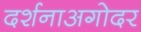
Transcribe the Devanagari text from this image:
दर्शनाअगोदर